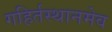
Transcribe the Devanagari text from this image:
गहिर्तस्थानमेव